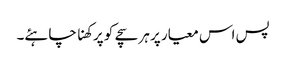
پس اس معیار پر ہر سچے کو پرکھنا چاہئے۔